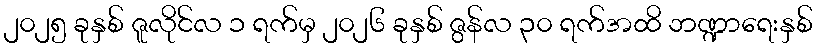
၂၀၂၅ ခုနှစ် ဇူလိုင်လ ၁ ရက်မှ ၂၀၂၆ ခုနှစ် ဇွန်လ ၃၀ ရက်အထိ ဘဏ္ဍာရေးနှစ်